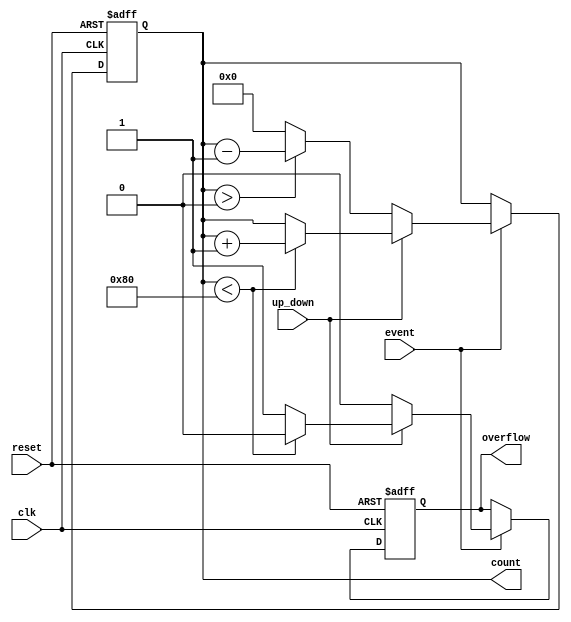
module event_counter #(
    parameter WIDTH = 8 // Parameter for counter width
)(
    input wire clk,          // Clock signal
    input wire reset,        // Reset signal
    input wire event,        // Event signal for counting
    input wire up_down,      // Control signal for counting mode (1 = up, 0 = down)
    output reg [WIDTH-1:0] count, // Current count value
    output reg overflow      // Overflow signal
);

    // Initialize count and overflow
    initial begin
        count = 0;
        overflow = 0;
    end

    // Synchronous process
    always @(posedge clk or posedge reset) begin
        if (reset) begin
            count <= 0;        // Reset count to zero
            overflow <= 0;     // Clear overflow
        end else if (event) begin
            if (up_down) begin
                // Up counting
                if (count < {1'b1, {WIDTH-1{1'b0}}}) begin // Check for overflow
                    count <= count + 1;
                    overflow <= 0;
                end else begin
                    overflow <= 1; // Set overflow if maximum is reached
                end
            end else begin
                // Down counting
                if (count > 0) begin
                    count <= count - 1;
                    overflow <= 0;
                end else begin
                    count <= 0; // Prevent underflow
                    overflow <= 0; // No overflow in down counting
                end
            end
        end
    end
endmodule